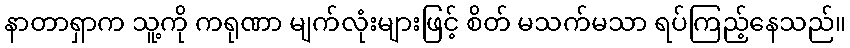
နာတာရှာက သူ့ကို ကရုဏာ မျက်လုံးများဖြင့် စိတ် မသက်မသာ ရပ်ကြည့်နေသည်။